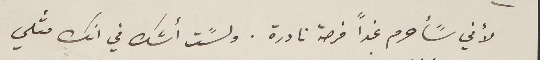
لأني سًأحرم غداً فرصة نادرة. ولسًت أشك في انك مثلي